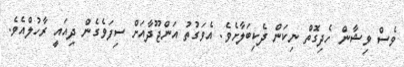
ވެސް ވިޝާން ހެދިގޮތް ނިކަން ދެކިބަލާށެވެ. އެވަގުތު އަންޖޫދާއަށް ސިފަވެގެން ދިއައީ ރާހުލްއެވެ.